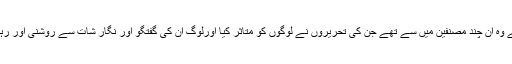
وہ ایک اعلیٰ و ادبی اثاثہ تھے وہ ان چند مصنفین میں سے تھے جن کی تحریروں نے لوگوں کو متاثر کیا اورلوگ ان کی گفتگو اور نگار شات سے روشنی اور رہنمائی حاصل کیا کرتے ہیں ۔